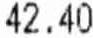
42.40